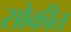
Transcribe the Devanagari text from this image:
सोकीत